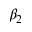
\beta _ { 2 }